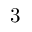
3